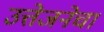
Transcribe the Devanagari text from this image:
उत्तेजनेचा